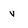
Character: v